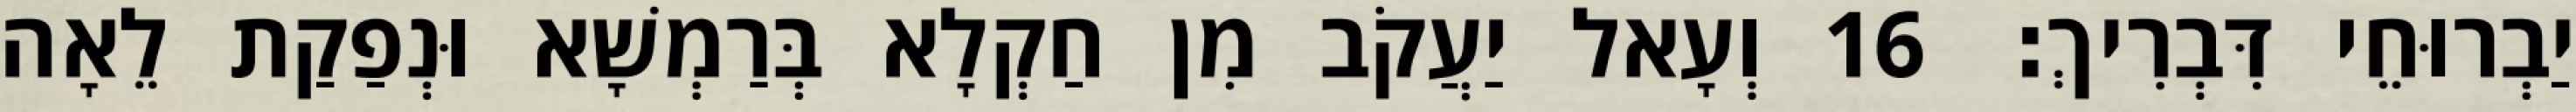
יַבְרוּחֵי דִּבְרִיךְ׃ 16 וְעָאל יַעֲקֹב מִן חַקְלָא בְּרַמְשָׁא וּנְפַקַת לֵאָה